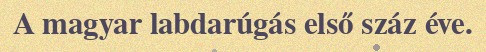
A magyar labdarúgás első száz éve.